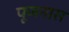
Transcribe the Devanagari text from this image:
पूजनास